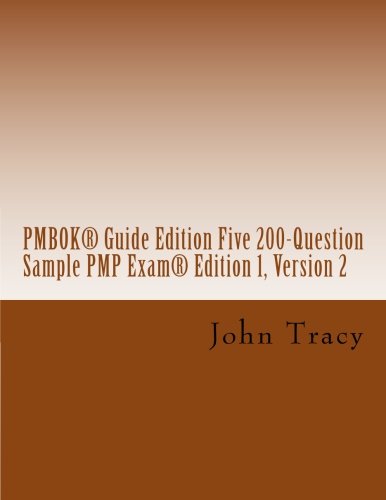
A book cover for PMBOKÂ® Guide Edition Five 200-Question Sample PMP ExamÂ®; John Tracy; Test Preparation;